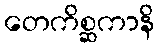
တေကိစ္ဆကာနိ